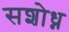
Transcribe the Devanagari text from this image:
सशोध्न